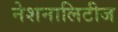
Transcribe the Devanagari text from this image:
नेशनालिटीज